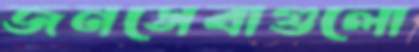
জনসেবাগুলো